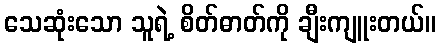
သေဆုံးသော သူရဲ့ စိတ်ဓာတ်ကို ချီးကျူးတယ်။